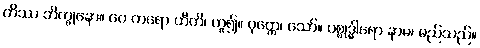
တိဿ ဘိက္ခုနော။ ပေ ကရော ဟီတိ၊ ဟူ၍။ ဝုတ္တေ၊ သော်။ ပစ္စုဒ္ဓါရော နာမ၊ မည်သည်။